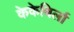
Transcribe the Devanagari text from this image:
केकेबिर्ला